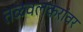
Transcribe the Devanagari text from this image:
तळवलकरांवर